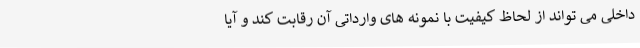
داخلی می تواند از لحاظ کیفیت با نمونه های وارداتی آن رقابت کند و آیا